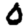
Digit: 0